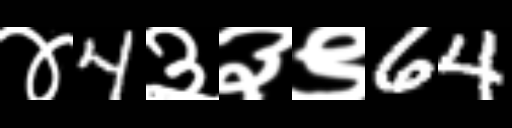
Text: ४4३३९64